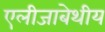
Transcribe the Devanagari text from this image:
एलीजाबेथीय